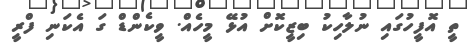
ތީ އޮފީހުގައި ނުލާހިކު ބިޒީކޮށް އުޅޭ މީހެއް. ވީކެންޑް ގަ އެކަނި ފްރީ